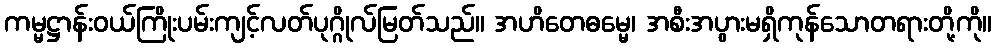
ကမ္မဋ္ဌာန်းဝယ်ကြိုးပမ်းကျင့်လတ်ပုဂ္ဂိုလ်မြတ်သည်။ အဟိတေဓမ္မေ၊ အစီးအပွားမရှိကုန်သောတရားတို့ကို။